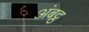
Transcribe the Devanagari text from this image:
अंबट्ठ